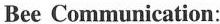
Bee Communication: